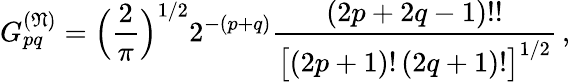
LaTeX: G_{pq}^{(\mathfrak{N})}=\Bigl(\frac{2}{\pi}\Bigr)^{1/2}2^{-(p+q)}\frac{(2p+2q-1)!!}{\bigl[(2p+1)!\, (2q+1)!\bigr]^{1/2}}\, ,